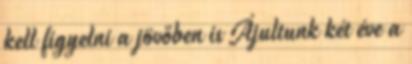
kell figyelni a jövőben is Ájultunk két éve a